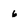
Character: 6